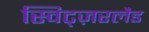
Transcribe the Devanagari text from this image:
स्विट्ज़रलैड